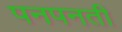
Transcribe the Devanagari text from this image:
पनपनती